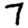
Digit: 7